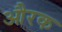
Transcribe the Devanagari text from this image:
औरक